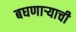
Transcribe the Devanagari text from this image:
बघणार्‍याची